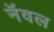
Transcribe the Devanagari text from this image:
नॅवल